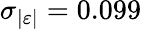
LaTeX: \sigma_{|\varepsilon|}=0.099